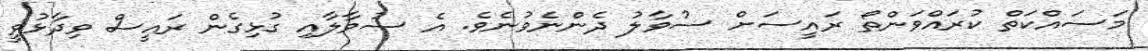
މަސައްކަތް ކުރައްވަންތޯ ރައީސަށް ސުވާލު ދެންނެވުނެވެ. އެ ސުވާލާއި ގުޅިގެން ރައީސް ވިދާޅުވީ